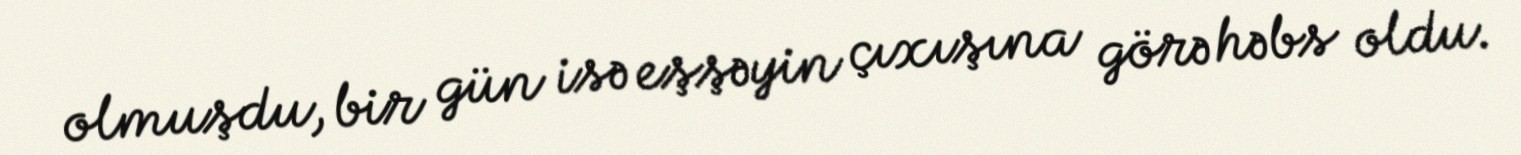
olmuşdu, bir gün isə eşşəyin çıxışına görə həbs oldu.